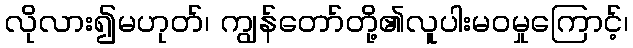
လိုလား၍မဟုတ်၊ ကျွန်တော်တို့၏လူပါးမဝမှုကြောင့်၊